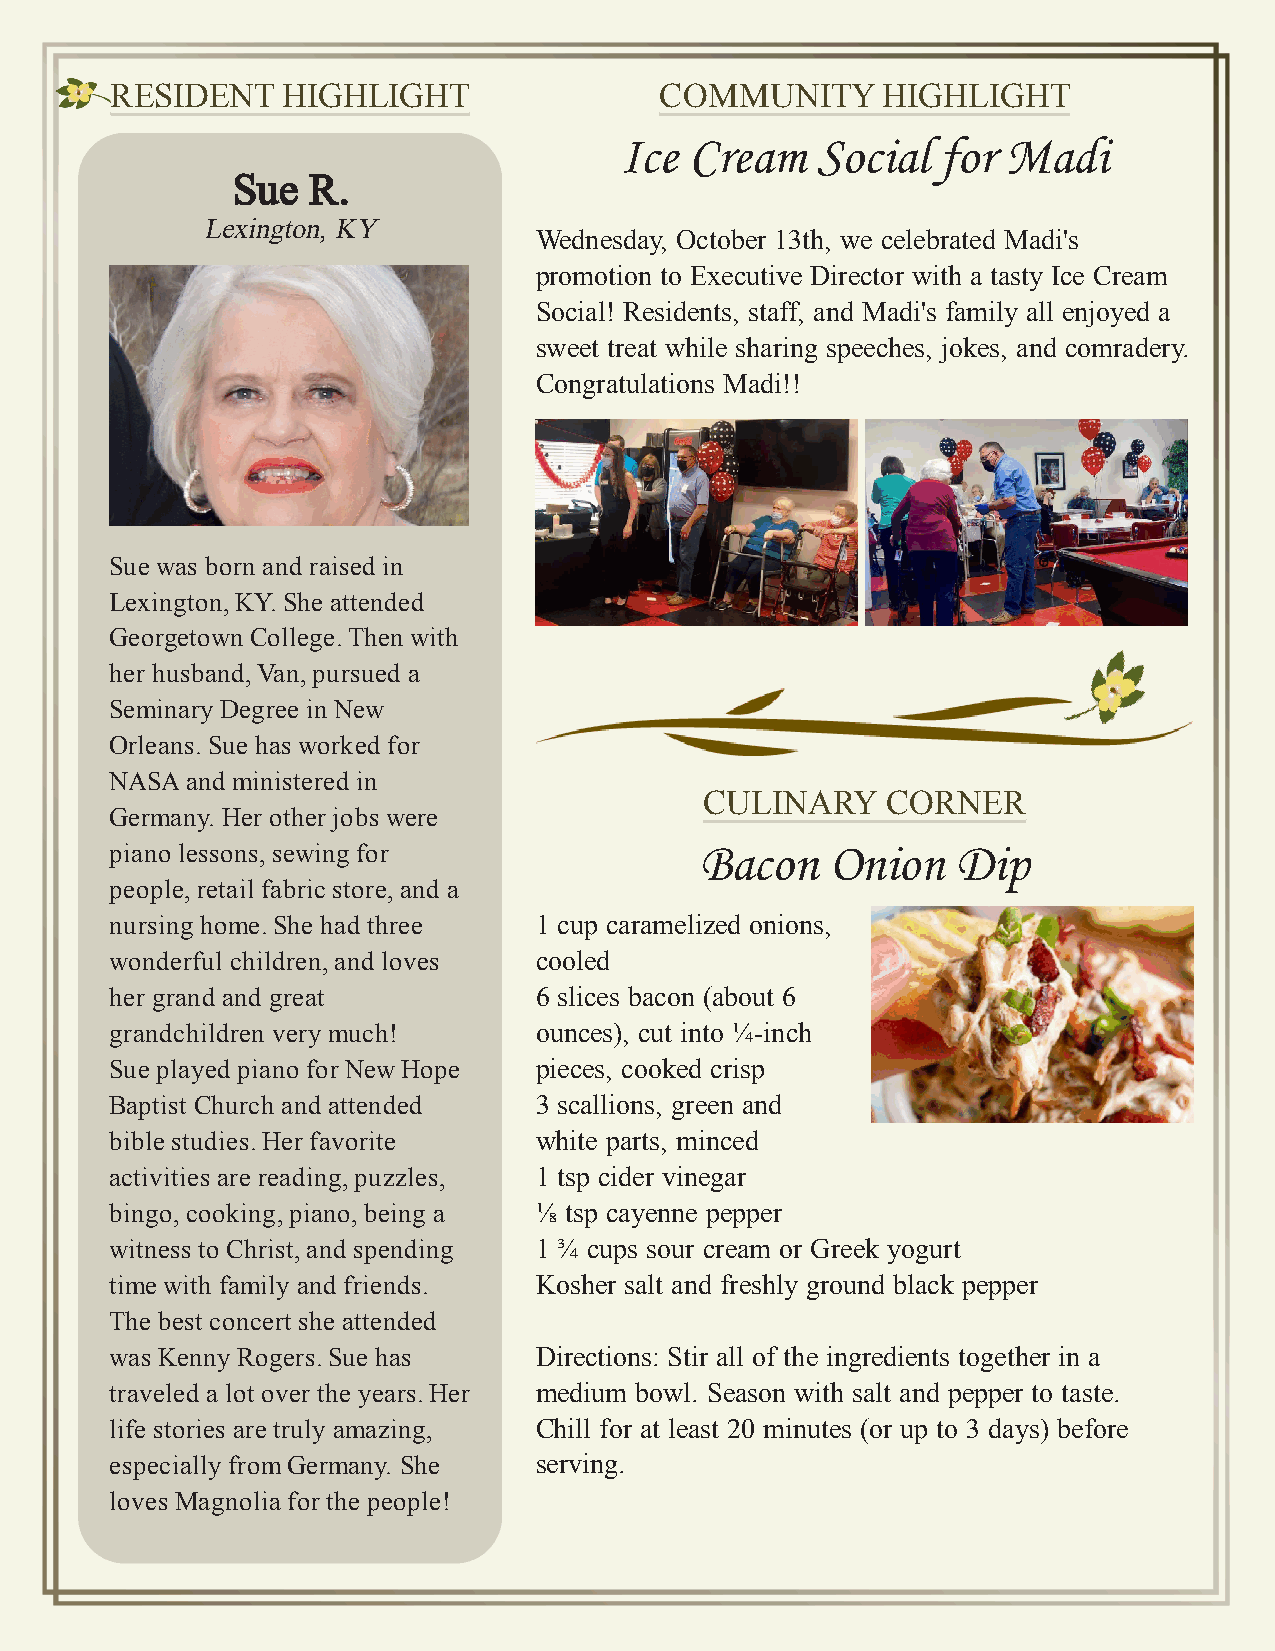
RESIDENT    HIGHLIGHT                COMMUNITY     HIGHLIGHT
 Ice  Cream   Social  for  Madi
 Sue  R.
 Lexington, KY
 Wednesday, October 13th, we celebrated Madi's
 promotion to Executive Director with a tasty Ice Cream
 Social! Residents, staff, and Madi's family all enjoyed a
 sweet treat while sharing speeches, jokes, and comradery.
 Congratulations Madi!!
 Sue was born and raised in
 Lexington, KY. She attended
 Georgetown College. Then with
 her husband, Van, pursued a
 Seminary Degree in New
 Orleans. Sue has worked for
 NASA and ministered in
 CULINARY    CORNER
 Germany. Her other jobs were
 piano lessons, sewing for              Bacon    Onion   Dip
 people, retail fabric store, and a
 nursing home. She had three 1 cup caramelized onions,
 wonderful children, and loves cooled
 her grand and great         6 slices bacon (about 6
 grandchildren very much!    ounces), cut into ¼-inch
 Sue played piano for New Hope pieces, cooked crisp
 Baptist Church and attended 3 scallions, green and
 bible studies. Her favorite white parts, minced
 activities are reading, puzzles, 1 tsp cider vinegar
 bingo, cooking, piano, being a ⅛ tsp cayenne pepper
 witness to Christ, and spending 1 ¾ cups sour cream or Greek yogurt
 time with family and friends. Kosher salt and freshly ground black pepper
 The best concert she attended
 was Kenny Rogers. Sue has   Directions: Stir all of the ingredients together in a
 traveled a lot over the years. Her medium bowl. Season with salt and pepper to taste.
 life stories are truly amazing, Chill for at least 20 minutes (or up to 3 days) before
 especially from Germany. She serving.
 loves Magnolia for the people!